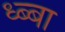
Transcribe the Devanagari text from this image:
ध्ब्बा